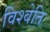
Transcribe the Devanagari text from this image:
विश्वेति